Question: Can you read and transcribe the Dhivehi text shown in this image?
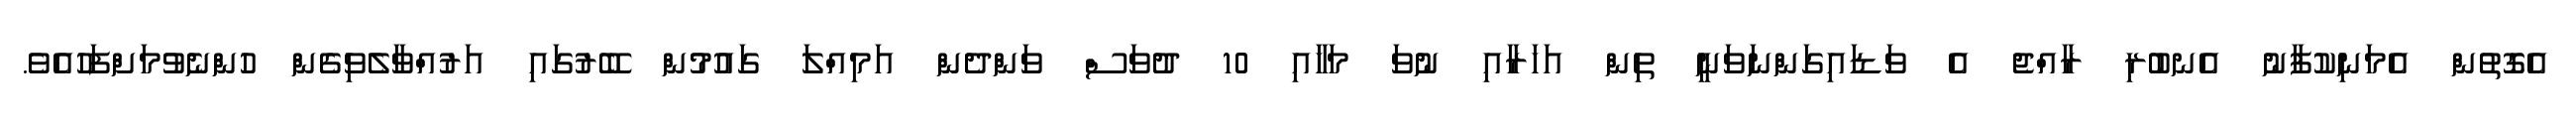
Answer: އެގޮތުން އެމަނިކުފާނު އެނބުރި ރާއްޖެ އެ ވަޑައިގަންނަވަނީ ތިން އަހަރާއި ނުވަ މަހާއި 10 ދުވަސް ވަންދެން އަމިއްލަ ގައުމުން ބޭރުގައި އަރުއްވާލެވިގެން ހުންނެވުމަށްފަހުއެވެ.